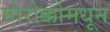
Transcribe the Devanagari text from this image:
मोरोक्कोमधून